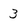
Character: 3